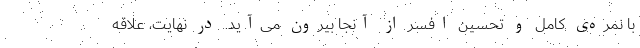
با نمره‌ی کامل و تحسین افسر از آنجا بیرون می‌آید. در نهایت، علاقه